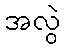
အလွဲ